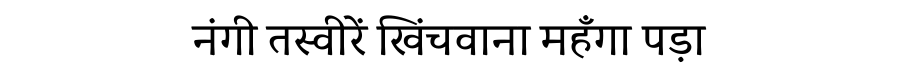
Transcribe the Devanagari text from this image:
नंगी तस्वीरें खिंचवाना महँगा पड़ा